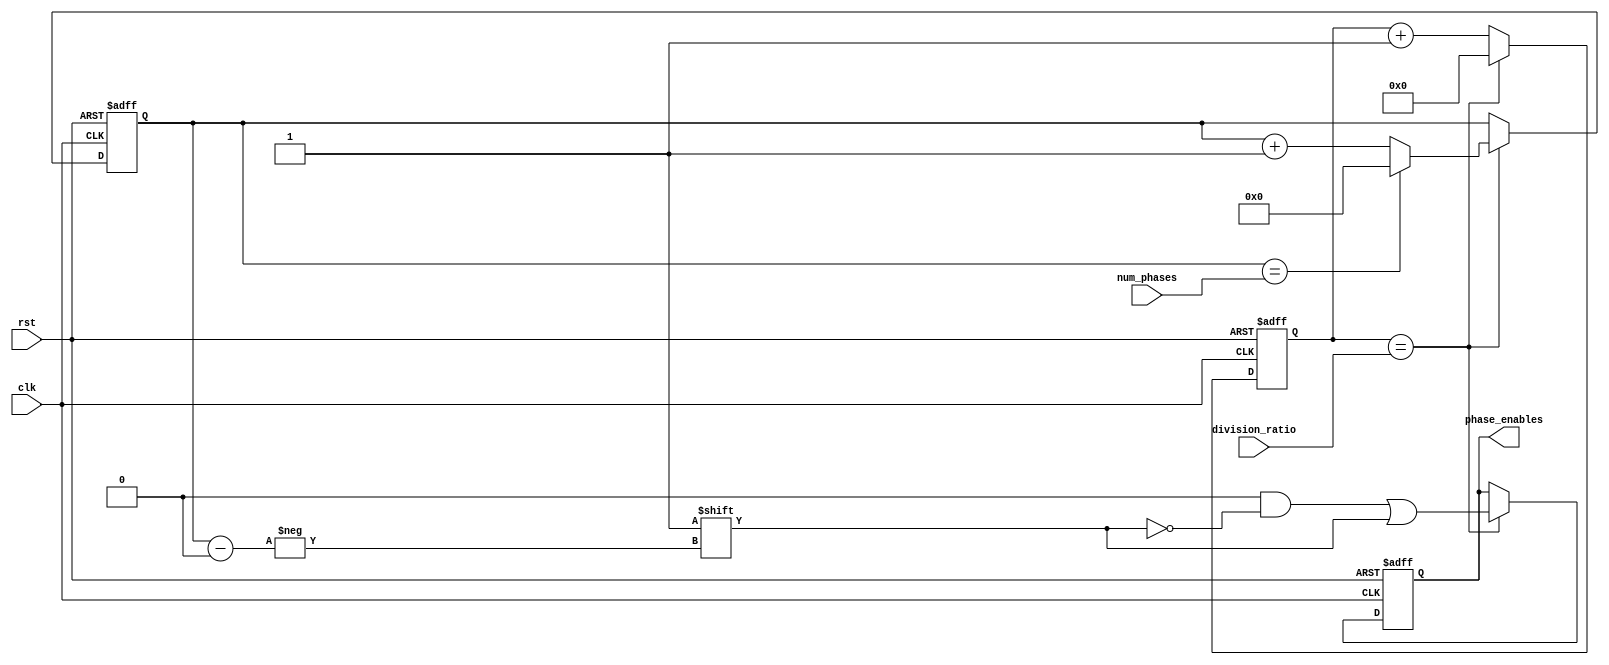
module multi_phase_clock_divider (
    input wire clk,
    input wire rst,
    input wire [7:0] num_phases,
    input wire [31:0] division_ratio,
    output reg [7:0] phase_enables
);

reg [31:0] counter;
reg [7:0] phase_counter;

always @(posedge clk or posedge rst) begin
    if (rst) begin
        counter <= 32'd0;
        phase_counter <= 8'd0;
        phase_enables <= 8'b00000000;
    end else begin
        counter <= counter + 1;
        if (counter == division_ratio) begin
            counter <= 32'd0;
            phase_counter <= phase_counter + 1;
            if (phase_counter == num_phases) begin
                phase_counter <= 8'b0;
            end
            phase_enables <= 8'b0;
            phase_enables[phase_counter] <= 1;
        end
    end
end

endmodule